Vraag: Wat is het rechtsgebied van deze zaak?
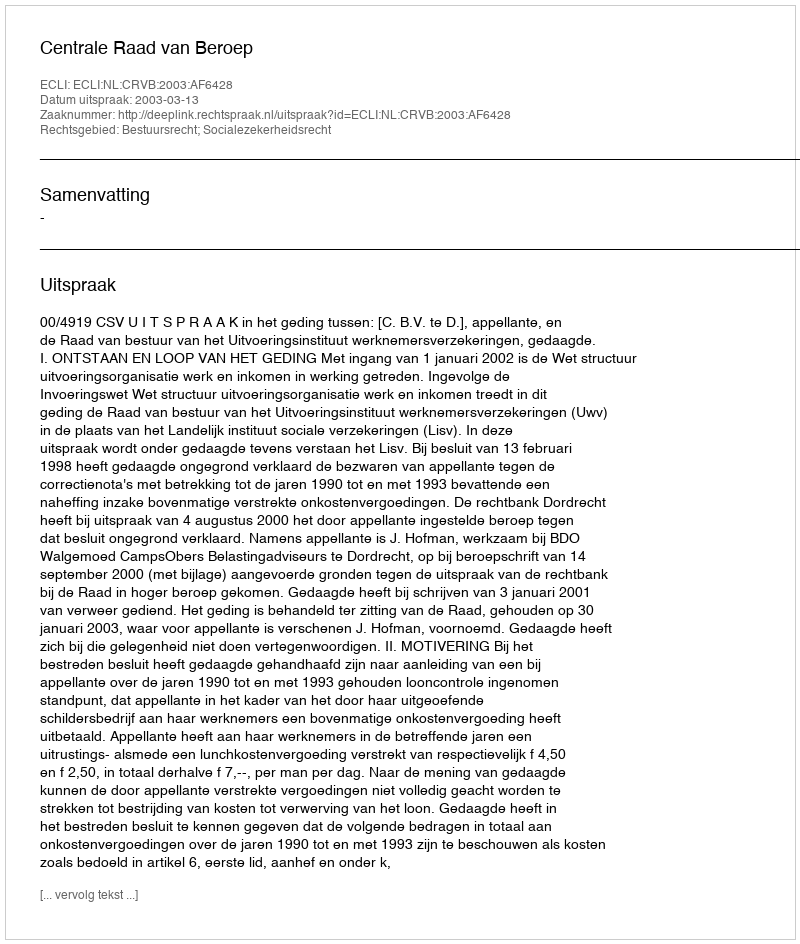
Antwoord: Bestuursrecht; Socialezekerheidsrecht